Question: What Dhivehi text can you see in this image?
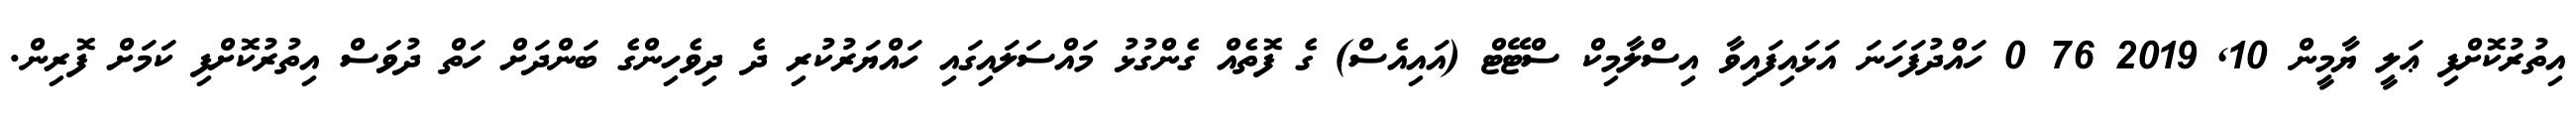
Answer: އިތުރުކޮށްފި ޢަލީ ޔާމީން 10, 2019 76 0 ހައްދުފަހަނަ އަޅައިފައިވާ އިސްލާމިކް ސްޓޭޓް (އައިއެސް) ގެ ފޮތެއް ގެންގުޅު މައްސަލައިގައި ހައްޔަރުކުރި ދެ ދިވެހިންގެ ބަންދަށް ހަތް ދުވަސް އިތުރުކޮށްފި ކަމަށް ފޮރިން.